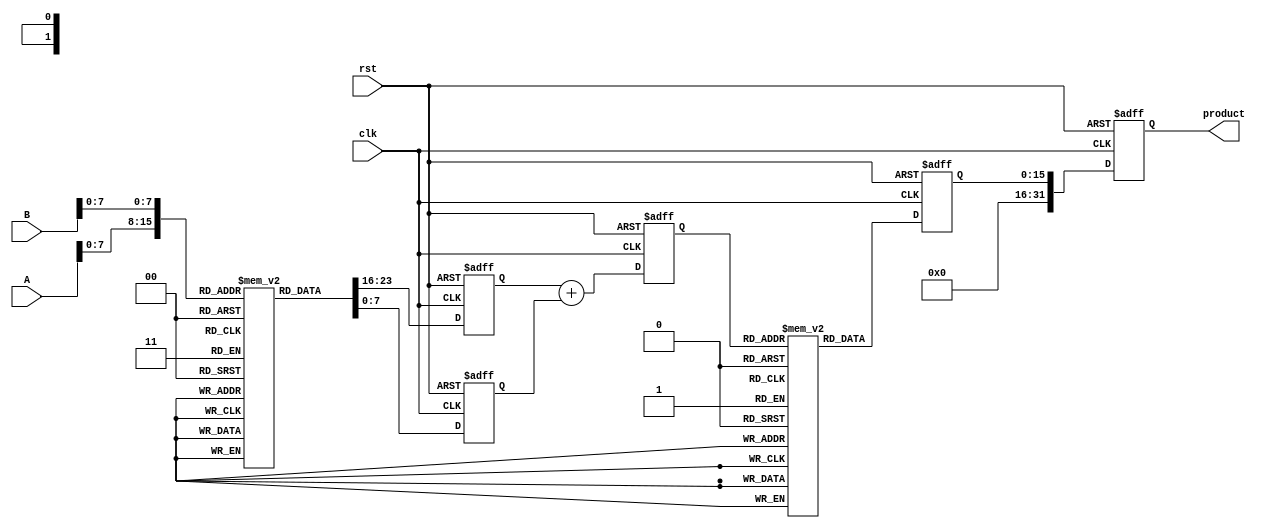
module LogarithmicMultiplier (
    input [15:0] A, // Input operand A (16-bit fixed-point)
    input [15:0] B, // Input operand B (16-bit fixed-point)
    output reg [31:0] product, // Output product (32-bit fixed-point)
    input clk, // Clock signal
    input rst // Reset signal
);

    // Logarithm Look-Up Table (LUT) for demonstration
    reg [15:0] log_lut [0:255]; // 256-entry LUT for logarithm
    reg [15:0] exp_lut [0:255]; // 256-entry LUT for exponential

    // Initialize LUTs (Assuming these are filled with pre-computed values)
    initial begin
        // Example initialization (should be filled with actual logarithm and exponential values)
        // log_lut[i] = ln(i) * SCALE_FACTOR;
        // exp_lut[i] = e^(i / SCALE_FACTOR);
    end

    // Internal signals
    reg [15:0] logA;
    reg [15:0] logB;
    reg [15:0] sum;
    reg [15:0] expSum;

    // Logarithm calculation
    always @(posedge clk or posedge rst) begin
        if (rst) begin
            logA <= 0;
            logB <= 0;
            sum <= 0;
            expSum <= 0;
            product <= 0;
        end else begin
            // Assuming A and B are in range [1, 256) for LUT access
            logA <= log_lut[A[7:0]]; // Get log(A)
            logB <= log_lut[B[7:0]]; // Get log(B)

            // Addition of logarithmic values
            sum <= logA + logB;

            // Exponential calculation
            // Assuming sum is in range [0, 255) for LUT access
            expSum <= exp_lut[sum[7:0]]; // Get exp(sum)

            // Output the product
            product <= expSum; // Adjust for scaling if necessary
        end
    end
endmodule